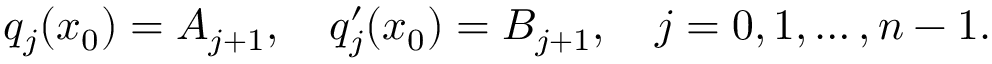
q _ { j } ( x _ { 0 } ) = A _ { j + 1 } , \quad q _ { j } ^ { \prime } ( x _ { 0 } ) = B _ { j + 1 } , \quad j = 0 , 1 , \ldots , n - 1 .